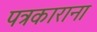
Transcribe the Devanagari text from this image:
पत्रकाराना